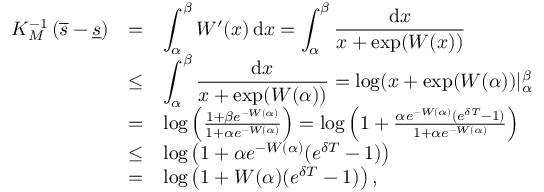
\begin{array} { r c l } { K _ { M } ^ { - 1 } \left( \overline { { s } } - \underline { { s } } \right) } & { = } & { \displaystyle \int _ { \alpha } ^ { \beta } W ^ { \prime } ( x ) \, \mathrm { d } x = \int _ { \alpha } ^ { \beta } \frac { \mathrm { d } x } { x + \exp ( W ( x ) ) } } \\ & { \leq } & { \displaystyle \int _ { \alpha } ^ { \beta } \frac { \mathrm { d } x } { x + \exp ( W ( \alpha ) ) } = \log ( x + \exp ( W ( \alpha ) ) | _ { \alpha } ^ { \beta } } \\ & { = } & { \log \left( \frac { 1 + \beta e ^ { - W ( \alpha ) } } { 1 + \alpha e ^ { - W ( \alpha ) } } \right) = \log \left( 1 + \frac { \alpha e ^ { - W ( \alpha ) } ( e ^ { \delta T } - 1 ) } { 1 + \alpha e ^ { - W ( \alpha ) } } \right) } \\ & { \leq } & { \log \left( 1 + \alpha e ^ { - W ( \alpha ) } ( e ^ { \delta T } - 1 ) \right) } \\ & { = } & { \log \left( 1 + W ( \alpha ) ( e ^ { \delta T } - 1 ) \right) , } \end{array}